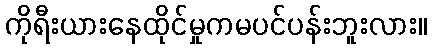
ကိုရီးယားနေထိုင်မှုကမပင်ပန်းဘူးလား။